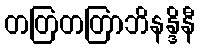
တတြတတြာဘိနန္ဒိနီ